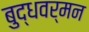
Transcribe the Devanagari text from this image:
बुद्धवर्मन